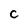
Character: C